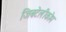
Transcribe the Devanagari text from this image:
जिबटेलीकोम